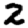
Digit: 2